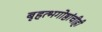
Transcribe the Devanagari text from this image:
बृहत्भगोष्ठांचीही